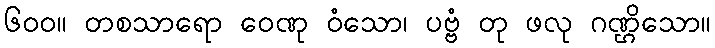
၆၀၀။ တစသာရော ဝေဏု ဝံသော၊ ပဗ္ဗံ တု ဖလု ဂဏ္ဌိသော။